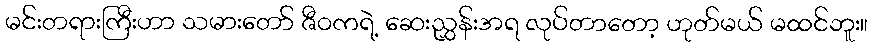
မင်းတရားကြီးဟာ သမားတော် ဇီဝကရဲ့ ဆေးညွှန်းအရ လုပ်တာတော့ ဟုတ်မယ် မထင်ဘူး။